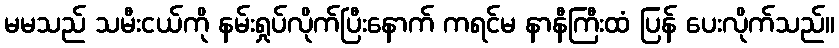
မမသည် သမီးငယ်ကို နမ်းရှုပ်လိုက်ပြီးနောက် ကရင်မ နာနီကြီးထံ ပြန် ပေးလိုက်သည်။